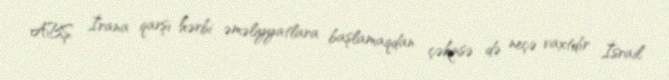
ABŞ İrana qarşı hərbi əməliyyatlara başlamaqdan çəkinsə də neçə vaxtdır İsrail